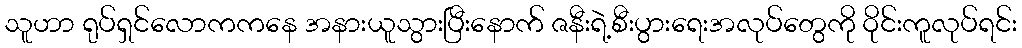
သူဟာ ရုပ်ရှင်လောကကနေ အနားယူသွားပြီးနောက် ဇနီးရဲ့စီးပွားရေးအလုပ်တွေကို ဝိုင်းကူလုပ်ရင်း